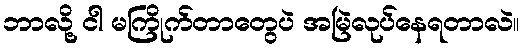
ဘာလို့ ငါ မကြိုက်တာတွေပဲ အမြဲလုပ်နေရတာလဲ။